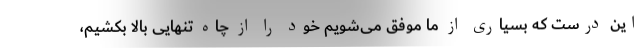
این درست که بسیاری از ما موفق می‌شویم خود را از چاه تنهایی بالا بکشیم،